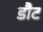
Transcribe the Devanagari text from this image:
डौट